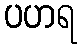
ပဟရ